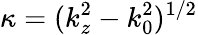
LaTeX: \kappa=(k_{z}^{2}-k_{0}^{2})^{1/2}